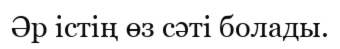
Әр істің өз сәті болады.